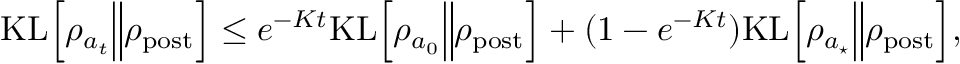
\begin{array} { r } { { \mathrm { K L } } \Bigl [ \rho _ { a _ { t } } \Big \Vert \rho _ { \mathrm { p o s t } } \Bigr ] \leq e ^ { - K t } { \mathrm { K L } } \Bigl [ \rho _ { a _ { 0 } } \Big \Vert \rho _ { \mathrm { p o s t } } \Bigr ] + ( 1 - e ^ { - K t } ) { \mathrm { K L } } \Bigl [ \rho _ { a _ { \star } } \Big \Vert \rho _ { \mathrm { p o s t } } \Bigr ] , } \end{array}